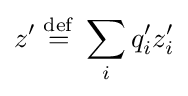
z'\;{\stackrel {\mathrm {def} }{=}}\;\sum _{i}q_{i}'z_{i}'